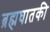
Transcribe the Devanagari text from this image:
ब्रह्मघातकी